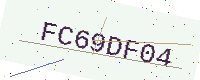
Text: FC69DF04